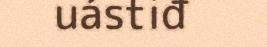
uástiđ